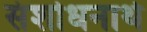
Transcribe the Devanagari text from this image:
संशोधनार्थ